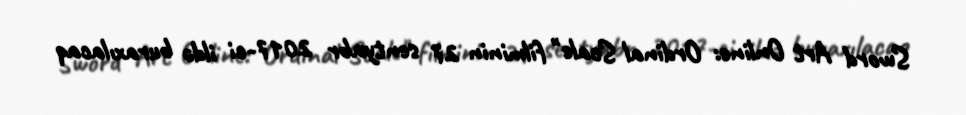
Sword Art Online: Ordinal Scale" filminin 27 sentyabr 2017-ci ildə buraxılacaq